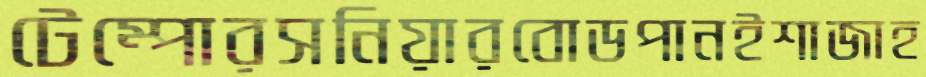
টেম্পোরসনিয়ারবোডপানইশাজাহ